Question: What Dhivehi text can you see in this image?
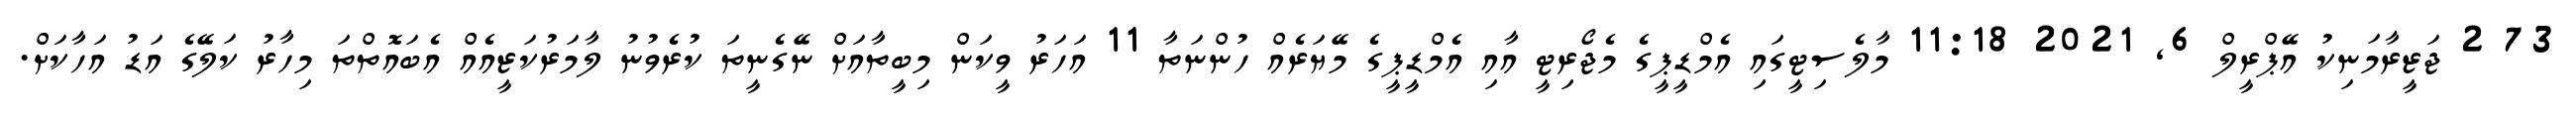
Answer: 73 2 ޖަޒީރާމަނިކު އޭޕްރީލް 6, 2021 11:18 މާލެސިޓީގައި އެމްޑީޕީގެ މެޖޯރިޓީ އާއި އެމްޑީޕީގެ މޭޔަރެއް ހުންނަތާ 11 އަހަރު ވީކަން މިބީތާއަށް ނޭގެނީތަ ކުރެވުނު ލާމަރުކަޒީއެއް އެބައޮތްތަ މިހާރު ކަލޭގެ އަޑު އަހާކަށް.